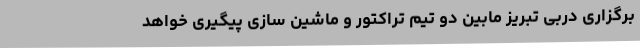
برگزاری دربی تبریز مابین دو تیم تراکتور و ماشین سازی پیگیری خواهد